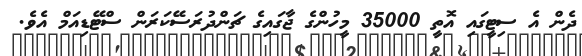
ދެން އެ ސިޓީގައި އޮތީ 35000 މީހުންގެ ޖާގައިގެ ޗަންދުރަސޭކަރަން ސްޓޭޑިއަމް އެވެ.